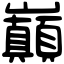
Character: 巔